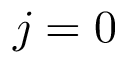
j = 0